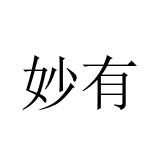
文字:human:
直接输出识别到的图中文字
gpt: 妙有